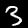
Digit: 3